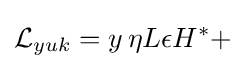
{\mathcal {L}}_{yuk}=y\,\eta L\epsilon H^{*}+